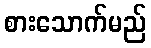
စားသောက်မည်